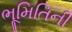
ભૂમિતિની